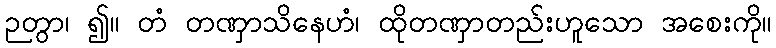
ဉတွာ၊ ၍။ တံ တဏှာသိနေဟံ၊ ထိုတဏှာတည်းဟူသော အစေးကို။